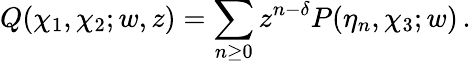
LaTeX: Q(\chi_{1},\chi_{2};w,z)=\sum_{n\geq 0}z^{n-\delta}P(\eta_{n},\chi_{3};w)\, .